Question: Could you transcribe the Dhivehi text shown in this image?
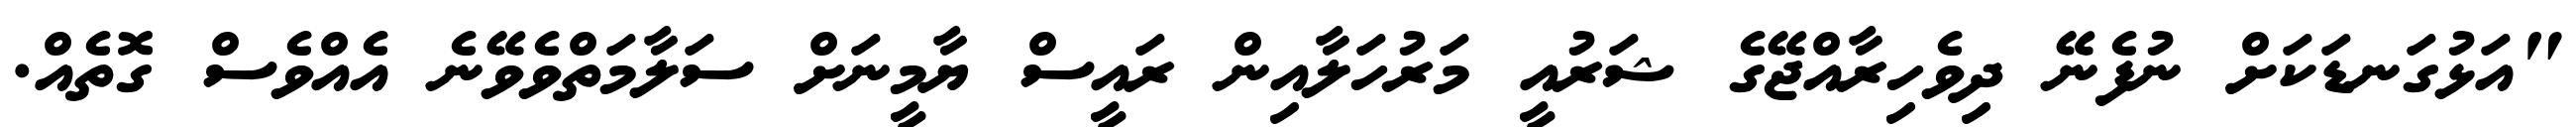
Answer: "އަޅުގަނޑަކަށް ނުފެނޭ ދިވެހިރާއްޖޭގެ ޝަރުއީ މަރުހަލާއިން ރައީސް ޔާމީނަށް ސަލާމަތްވެވޭނެ އެއްވެސް ގޮތެއް.